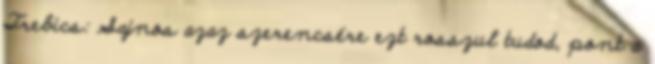
Trebics: Sajnos azaz szerencsére ezt rosszul tudod, pont a